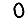
Digit: 0